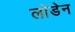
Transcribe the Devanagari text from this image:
लोडेन